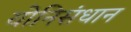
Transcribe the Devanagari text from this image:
योनिसंधान